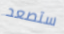
ستصعد